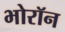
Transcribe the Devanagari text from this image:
भोरॉन